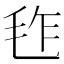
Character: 𣬿